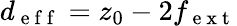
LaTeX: d_{\mathrm{~e~f~f~}}=z_{0}-2f_{\mathrm{~e~x~t~}}